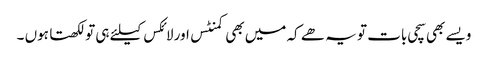
ویسے بھی سچی بات تو یہ ھے کہ میں بھی کمنٹس اور لائکس کیلئے ہی تو لکھتا ہوں ۔